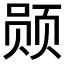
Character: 𫖲